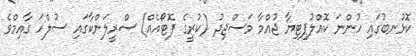
ކޮޅުނބުގައި ހުންނަ ކޮއްލުޕިޓިޔާ ޖުއްމާ މަސްޖިދު (ކުރީގެ ފޮޓޯއެއް) ސްރީލަންކާގައި ސުލްހަ ގާއިމްވެ